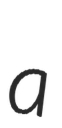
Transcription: a